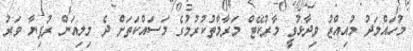
މުހައްމަދު މުއިއްޒު ވިދާޅުވީ މާރުކޭޓް މަރާމާތުކުރުމުގެ މަސައްކަތަށް ދެ މިލިއަން ރުފިޔާ ވަރު